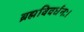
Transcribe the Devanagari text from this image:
ब्रह्मविवर्धनः।